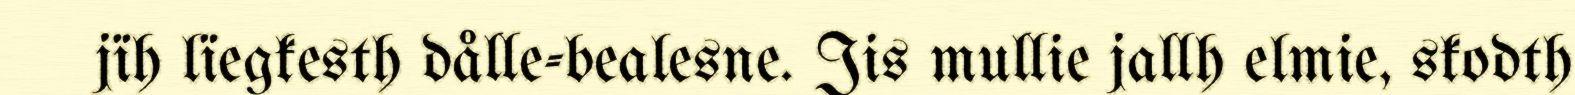
jïh lïegkesth dålle-bealesne. Jis mullie jallh elmie, skodth